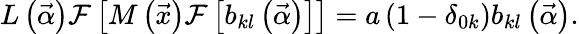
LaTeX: L\left(\vec{\alpha}\right)\mathcal{F}\left[M\left(\vec{x}\right)\mathcal{F}\left[b_{kl}\left(\vec{\alpha}\right)\right]\right]=a\left(1-\delta_{0k}\right)b_{kl}\left(\vec{\alpha}\right).